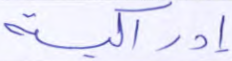
إدراكية